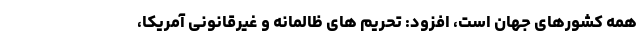
همه کشورهای جهان است، افزود: تحریم های ظالمانه و غیرقانونی آمریکا،